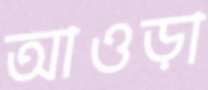
আওড়া